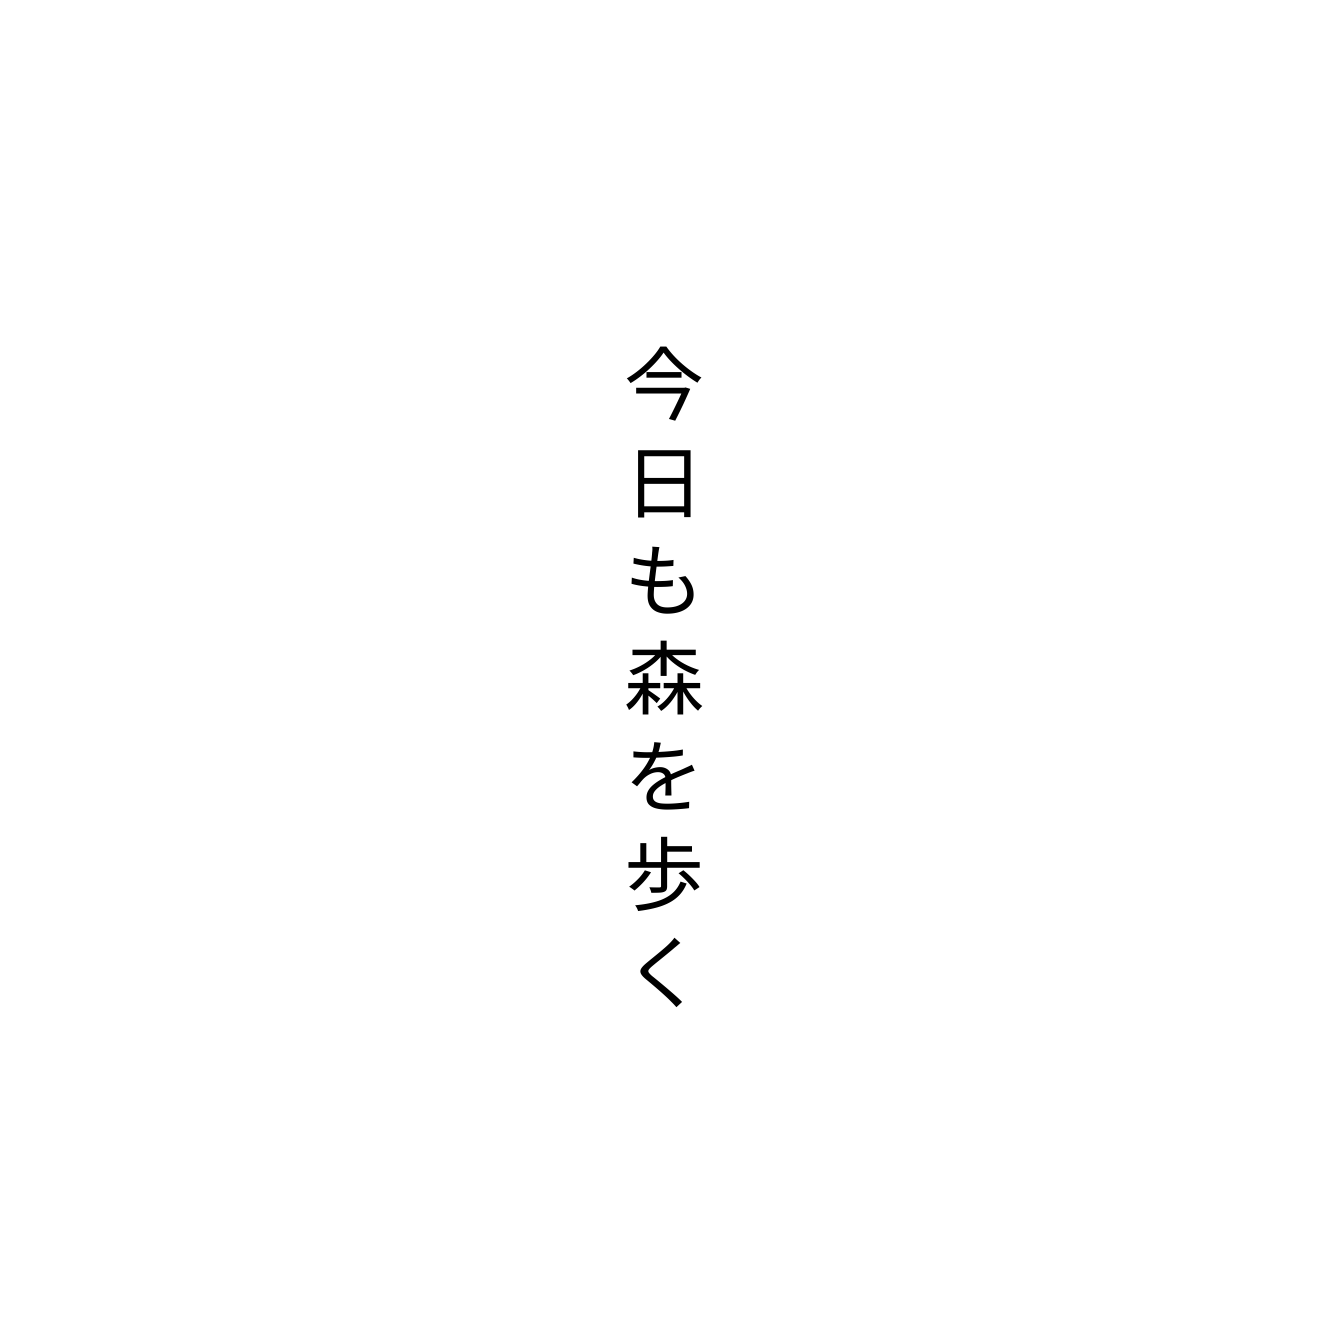
今日も森を歩く